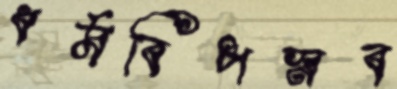
ধর্মবিপস্নব